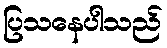
ပြသနေပါသည်